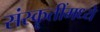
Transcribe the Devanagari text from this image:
संस्कॄतींमध्ये